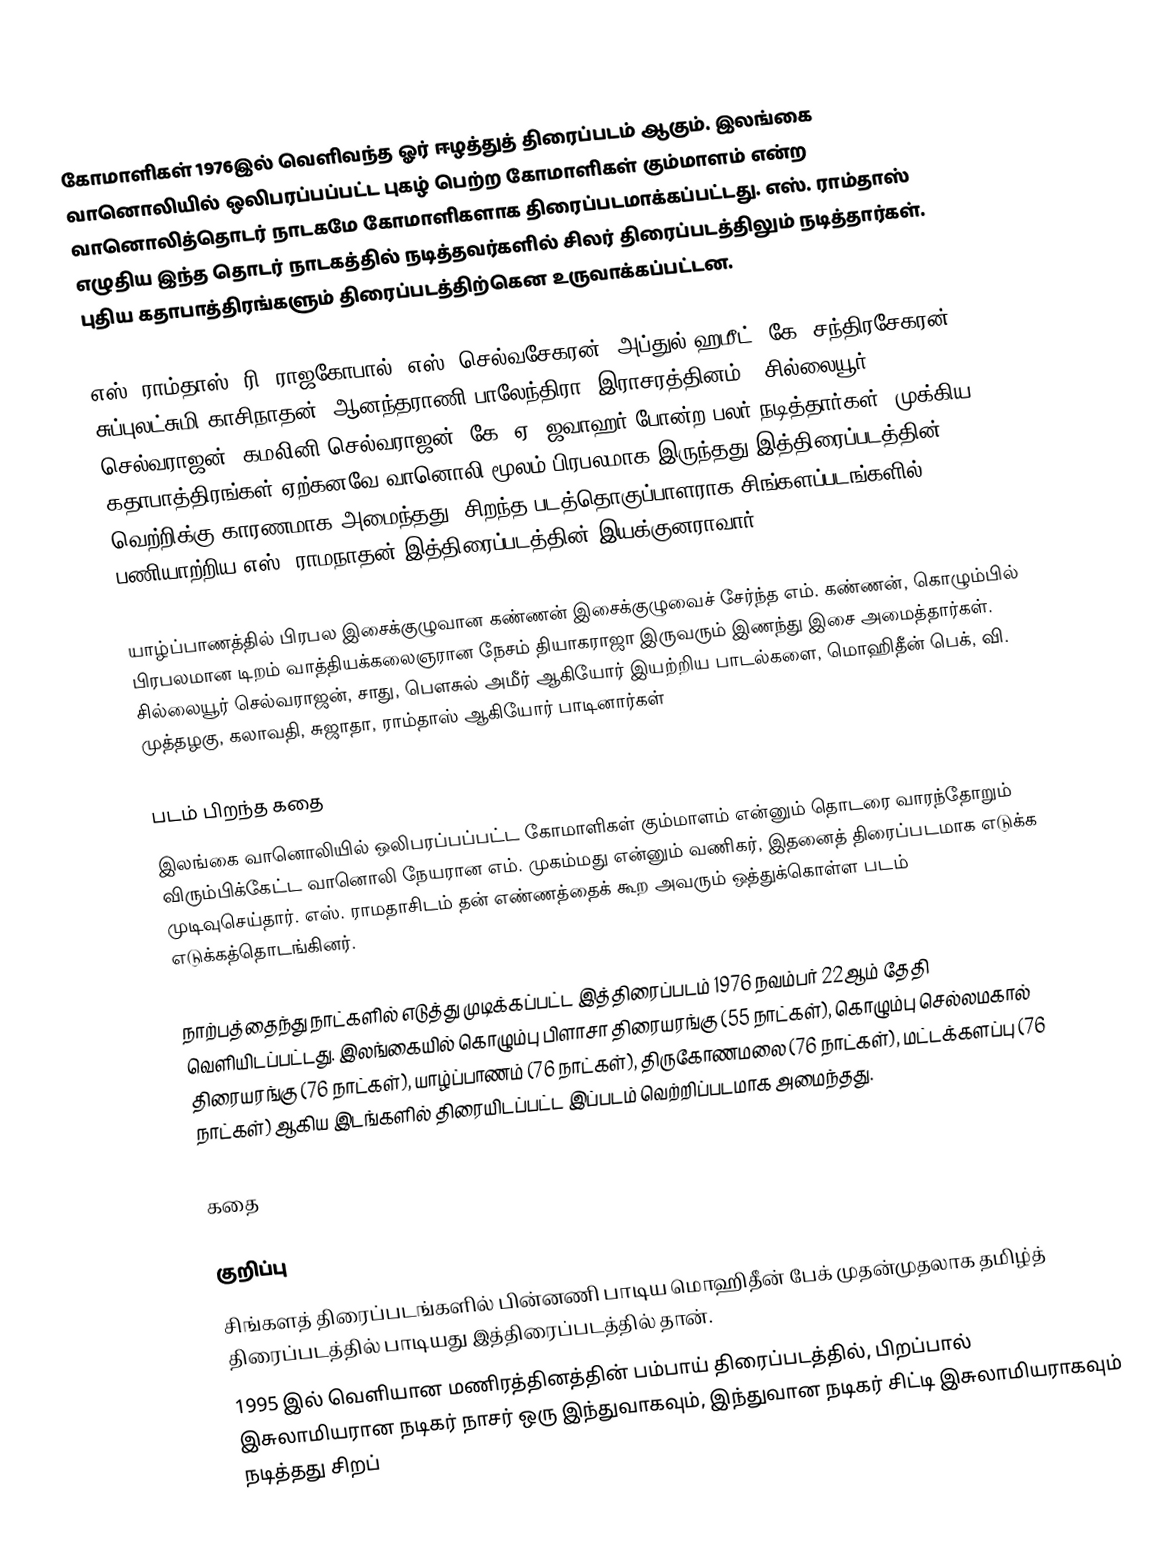
கோமாளிகள் 1976இல் வெளிவந்த ஓர் ஈழத்துத் திரைப்படம் ஆகும். இலங்கை வானொலியில் ஒலிபரப்பப்பட்ட புகழ் பெற்ற கோமாளிகள் கும்மாளம் என்ற வானொலித்தொடர் நாடகமே கோமாளிகளாக திரைப்படமாக்கப்பட்டது. எஸ். ராம்தாஸ் எழுதிய இந்த தொடர் நாடகத்தில் நடித்தவர்களில் சிலர் திரைப்படத்திலும் நடித்தார்கள். புதிய கதாபாத்திரங்களும் திரைப்படத்திற்கென உருவாக்கப்பட்டன.

எஸ். ராம்தாஸ், ரி. ராஜகோபால், எஸ். செல்வசேகரன், அப்துல் ஹமீட், கே. சந்திரசேகரன், சுப்புலட்சுமி காசிநாதன், ஆனந்தராணி பாலேந்திரா (இராசரத்தினம்), சில்லையூர் செல்வராஜன், கமலினி செல்வராஜன், கே. ஏ. ஜவாஹர் போன்ற பலர் நடித்தார்கள். முக்கிய கதாபாத்திரங்கள் ஏற்கனவே வானொலி மூலம் பிரபலமாக இருந்தது இத்திரைப்படத்தின் வெற்றிக்கு காரணமாக அமைந்தது. சிறந்த படத்தொகுப்பாளராக சிங்களப்படங்களில் பணியாற்றிய எஸ். ராமநாதன் இத்திரைப்படத்தின் இயக்குனராவார்.

யாழ்ப்பாணத்தில் பிரபல இசைக்குழுவான கண்ணன் இசைக்குழுவைச் சேர்ந்த எம். கண்ணன், கொழும்பில் பிரபலமான டிறம் வாத்தியக்கலைஞரான நேசம் தியாகராஜா இருவரும் இணந்து இசை அமைத்தார்கள். சில்லையூர் செல்வராஜன், சாது, பெளசுல் அமீர் ஆகியோர் இயற்றிய பாடல்களை, மொஹிதீன் பெக், வி. முத்தழகு, கலாவதி, சுஜாதா, ராம்தாஸ் ஆகியோர் பாடினார்கள்

படம் பிறந்த கதை
இலங்கை வானொலியில் ஒலிபரப்பப்பட்ட கோமாளிகள் கும்மாளம் என்னும் தொடரை வாரந்தோறும் விரும்பிக்கேட்ட வானொலி நேயரான எம். முகம்மது என்னும் வணிகர், இதனைத் திரைப்படமாக எடுக்க முடிவுசெய்தார். எஸ். ராமதாசிடம் தன் எண்ணத்தைக் கூற அவரும் ஒத்துக்கொள்ள படம் எடுக்கத்தொடங்கினர்.

நாற்பத்தைந்து நாட்களில் எடுத்து முடிக்கப்பட்ட இத்திரைப்படம் 1976 நவம்பர் 22ஆம் தேதி வெளியிடப்பட்டது. இலங்கையில் கொழும்பு பிளாசா திரையரங்கு (55 நாட்கள்), கொழும்பு செல்லமகால் திரையரங்கு (76 நாட்கள்), யாழ்ப்பாணம் (76 நாட்கள்), திருகோணமலை (76 நாட்கள்), மட்டக்களப்பு (76 நாட்கள்) ஆகிய இடங்களில் திரையிடப்பட்ட இப்படம் வெற்றிப்படமாக அமைந்தது.

கதை

குறிப்பு
சிங்களத் திரைப்படங்களில் பின்னணி பாடிய மொஹிதீன் பேக் முதன்முதலாக தமிழ்த் திரைப்படத்தில் பாடியது இத்திரைப்படத்தில் தான்.
1995 இல் வெளியான மணிரத்தினத்தின் பம்பாய் திரைப்படத்தில், பிறப்பால் இசுலாமியரான நடிகர் நாசர் ஒரு இந்துவாகவும், இந்துவான நடிகர் சிட்டி இசுலாமியராகவும் நடித்தது சிறப்